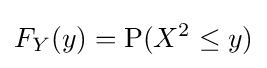
F_{Y}(y)=\operatorname {P} (X^{2}\leq y)